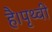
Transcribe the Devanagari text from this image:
है।पृथ्वी